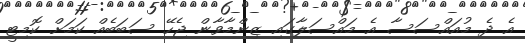
އެ ދެ މުއައްސަސާ އެ މައްސަލާގައި ޒިންމާވާން ޖެހޭ ސަބަބެއް ކަމަށް ކޮމިޓީ